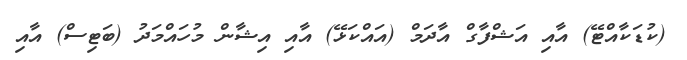
(ކުޑަކާއްޓޭ) އާއި އަޝްފާގް އާދަމް (އައްކަޅޭ) އާއި އިޝާން މުހައްމަދު (ބަޓިސް) އާއި